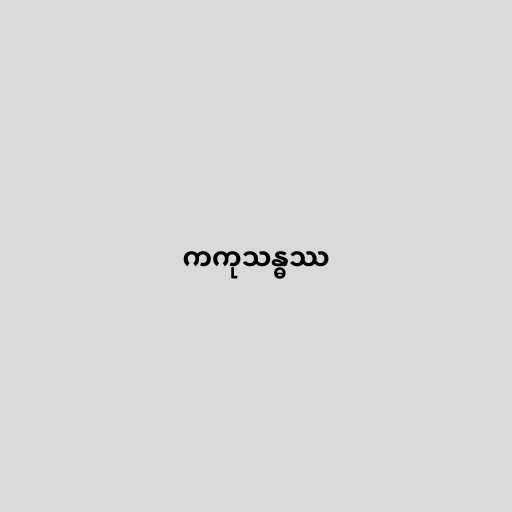
ကကုသန္ဓဿ